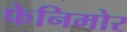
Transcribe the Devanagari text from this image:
फेनिमोर